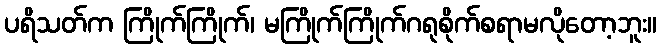
ပရိသတ်က ကြိုက်ကြိုက်၊ မကြိုက်ကြိုက်ဂရုစိုက်စရာမလိုတော့ဘူး။